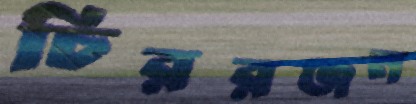
চিররঞ্জন